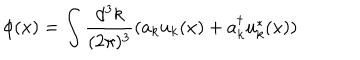
\phi ( x ) = \int \frac { d ^ { 3 } k } { ( 2 \pi ) ^ { 3 } } ( a _ { k } u _ { k } ( x ) + a _ { k } ^ { \dagger } u _ { k } ^ { * } ( x ) )